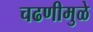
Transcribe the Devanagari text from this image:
चढणीमुळे